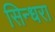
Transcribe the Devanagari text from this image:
सिन्धरा